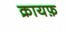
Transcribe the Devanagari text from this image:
क्रायफ़